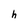
Character: h